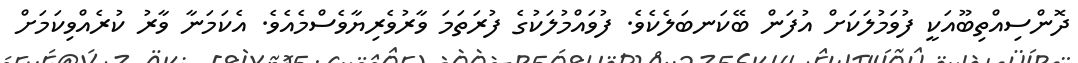
ދޮންސިއްތިބޫއަކީ ފުވަމުލަކަށް އުފަން ބޭކަނބަލެކެވެ. ފުވައްމުލަކުގެ ފުރަތަމަ ވާރުވެރިޔާވެސްމެއެވެ. އެކަމަނާ ވާރު ކުރެއްވިކަމަށް